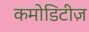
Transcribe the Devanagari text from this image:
कमोडिटीज़